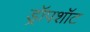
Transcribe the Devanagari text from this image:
ड्रॉपशॉट